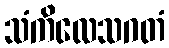
သံကိလေသဂတံ